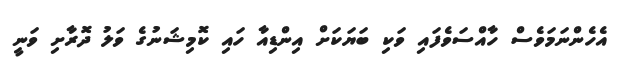
އެހެންނަމަވެސް ހާއްސަވެފައި ވަކި ބަޔަކަށް އިންޑިއާ ހައި ކޮމިޝަނުގެ ވަލު ދޮރާށި ވަނީ